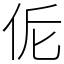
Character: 𠈁